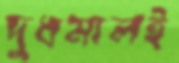
দুধমালই